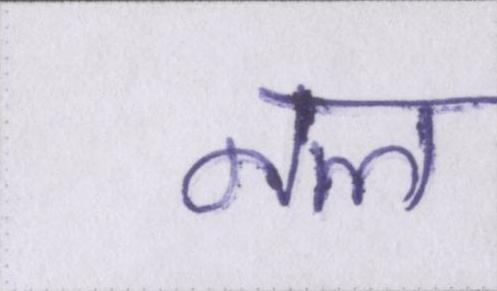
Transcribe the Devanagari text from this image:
नल